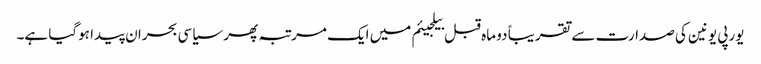
یورپی یونین کی صدارت سے تقریباً دو ماہ قبل بیلجیئم میں ایک مرتبہ پھر سیاسی بحران پیدا ہوگیا ہے۔